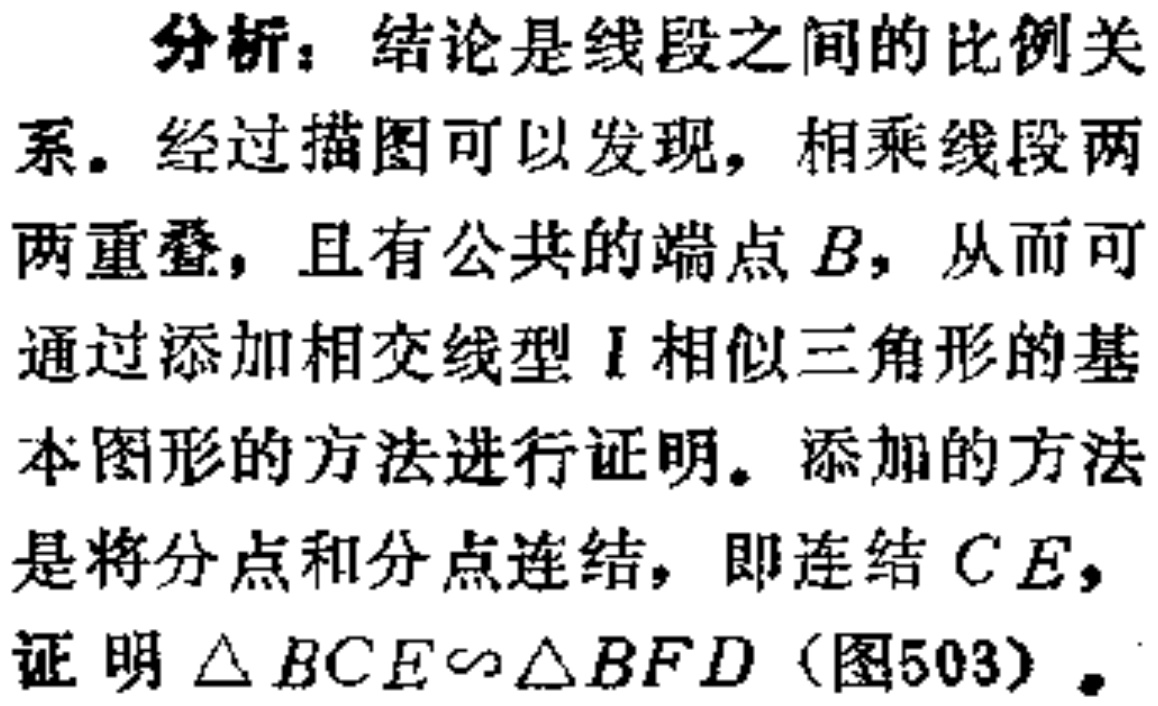
分析：结论是线段之间的比例关系。经过描图可以发现，相乘线段两两重叠，且有公共的端点\(B\)，从而可通过添加相交线型\(I\)相似三角形的基本图形的方法进行证明。添加的方法是将分点和分点连结，即连结\(CE\)，证明\(\triangle BCE\sim\triangle BFD\)（图503）。